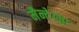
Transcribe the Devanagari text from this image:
मैन्टेग्ना